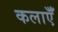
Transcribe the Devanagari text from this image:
कलाऍँ